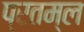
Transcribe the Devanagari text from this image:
प्रतम्ल